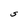
Character: S